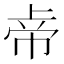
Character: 𱜦